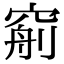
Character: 𥦧